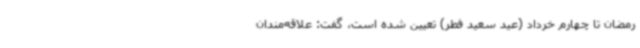
رمضان تا چهارم خرداد (عید سعید فطر) تعیین شده است، گفت: علاقه‌مندان